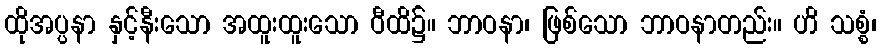
ထိုအပ္ပနာ နှင့်နီးသော အထူးထူးသော ဝီထိ၌။ ဘာဝနာ၊ ဖြစ်သော ဘာဝနာတည်း။ ဟိ သစ္စံ၊